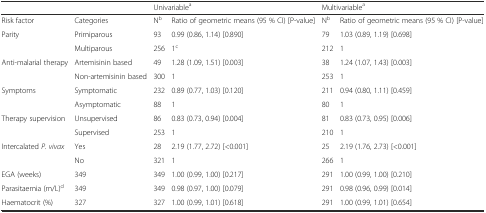
<table><thead><tr><td></td><td></td><td colspan="2"><b>Univariable<sup>a</sup></b></td><td colspan="2"><b>Multivariable<sup>a</sup></b></td></tr></thead><tbody><tr><td>Risk factor</td><td>Categories</td><td>N<sup>b</sup></td><td>Ratio of geometric means (95 % CI) [P-value]</td><td>N<sup>b</sup></td><td>Ratio of geometric means (95 % CI) [P-value]</td></tr><tr><td rowspan="2">Parity</td><td>Primiparous</td><td>93</td><td>0.99 (0.86, 1.14) [0.890]</td><td>79</td><td>1.03 (0.89, 1.19) [0.698]</td></tr><tr><td>Multiparous</td><td>256</td><td>1<sup>c</sup></td><td>212</td><td>1</td></tr><tr><td rowspan="2">Anti-malarial therapy</td><td>Artemisinin based</td><td>49</td><td>1.28 (1.09, 1.51) [0.003]</td><td>38</td><td>1.24 (1.07, 1.43) [0.003]</td></tr><tr><td>Non-artemisinin based</td><td>300</td><td>1</td><td>253</td><td>1</td></tr><tr><td rowspan="2">Symptoms</td><td>Symptomatic</td><td>232</td><td>0.89 (0.77, 1.03) [0.120]</td><td>211</td><td>0.94 (0.80, 1.11) [0.459]</td></tr><tr><td>Asymptomatic</td><td>88</td><td>1</td><td>80</td><td>1</td></tr><tr><td rowspan="2">Therapy supervision</td><td>Unsupervised</td><td>86</td><td>0.83 (0.73, 0.94) [0.004]</td><td>81</td><td>0.83 (0.73, 0.95) [0.006]</td></tr><tr><td>Supervised</td><td>253</td><td>1</td><td>210</td><td>1</td></tr><tr><td rowspan="2">Intercalated <i>P. vivax</i></td><td>Yes</td><td>28</td><td>2.19 (1.77, 2.72) [&lt;0.001]</td><td>25</td><td>2.19 (1.76, 2.73) [&lt;0.001]</td></tr><tr><td>No</td><td>321</td><td>1</td><td>266</td><td>1</td></tr><tr><td>EGA (weeks)</td><td>349</td><td>349</td><td>1.00 (0.99, 1.00) [0.217]</td><td>291</td><td>1.00 (0.99, 1.00) [0.210]</td></tr><tr><td>Parasitaemia (m/L)<sup>d</sup></td><td>349</td><td>349</td><td>0.98 (0.97, 1.00) [0.079]</td><td>291</td><td>0.98 (0.96, 0.99) [0.014]</td></tr><tr><td>Haematocrit (%)</td><td>327</td><td>327</td><td>1.00 (0.99, 1.01) [0.618]</td><td>291</td><td>1.00 (0.99, 1.01) [0.654]</td></tr></tbody></table>